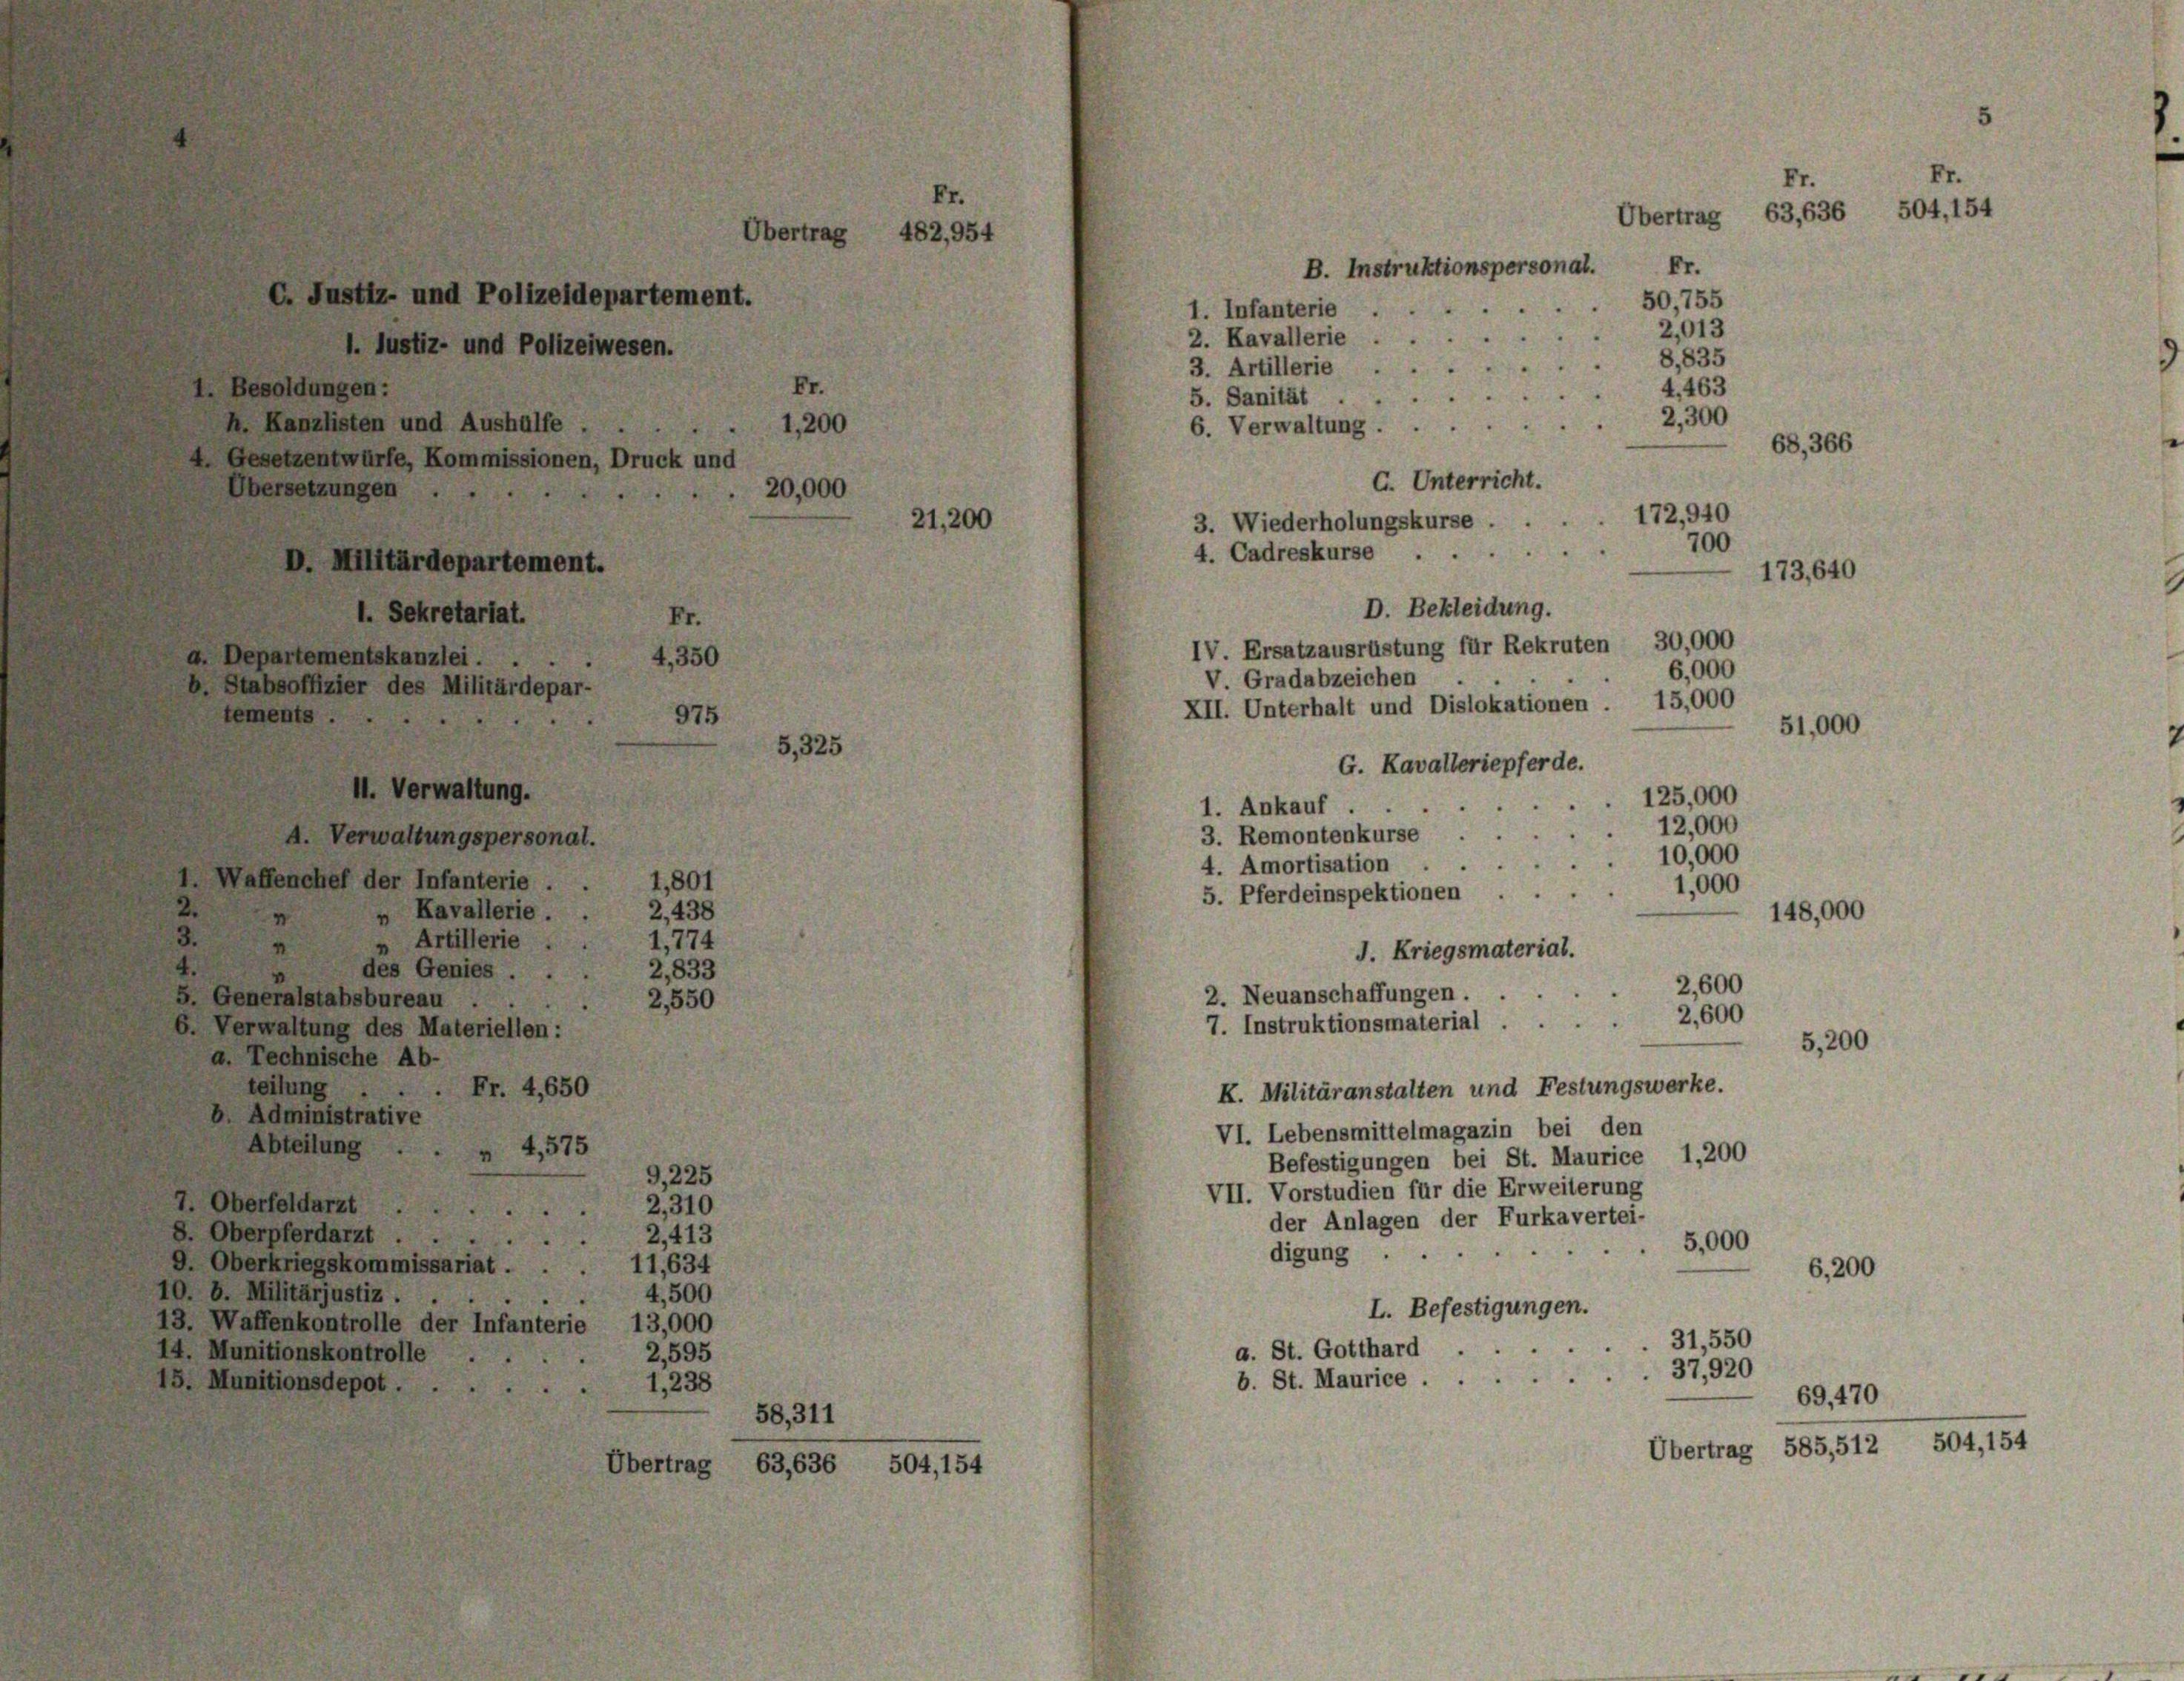
Übertrag 482,954
C. Justiz- und Polizeidepartement.
1. Justiz- und Polizeiwesen.
Fr.
1. Besoldungen:
h. Kanzlisten und Aushülfe
1,200

4 Gesetzentwürfe, Kommissionen, Druck und
Übersetzungen
20,000

1. Waffenchef der Infanterie . .
2

D. Militärdepartement.
1. Sekretariat.
a. Departementskanzlei.
b. Stabsoffizier des Militärdepar-
tements.

Abteilung .
7. Oberfeldarzt.
8. Oberpferdarzt.
9. Oberkriegskommissariat.
10. 8. Militärjustiz.
13. Waffenkontrolle der Infanterie
14. Munitionskontrolle
15. Munitionsdepot.

4,350
975

4,575

Fr

H. Verwaltung.
A. Verwaltungspersonal.
2,438
 Kavallerie.
Artillerie .
1,774
4
2,833
 des Genies.
5. Generalstabsbureau.
2,550
6. Verwaltung des Materiellen:
a. Technische Ab-
teilung
Fr. 4,650
b. Administrative

5,325

1,801

G,225
2,310
2,413
11,634
4,500
13,000
2,595
1,238
58,311
Übertrag 63,636 504, 154

Fr.

21,200

Fr.
Er
Übertrag 63,636 504, 154

Fr.
50,755
1. Infanterie
2,013
2. Kavallerie
8,835
3. Artillerie
e
4,463
.
5. Sanität
2,300
6. Verwaltung
68, 366
C. Unterricht.
3. Wiederholungskurse
700
4. Cadreskurse
173,640
D. Bekleidung.
IV. Ersatzausrüstung für Rekruten 30,000
6,000
V. Gradabzeichen
XII. Unterhalt und Dislokationen . 15,000
51,000
G. Kavalleriepferde.
125,000
1. Ankauf .
12,000
3. Remontenkurse
10,000
4. Amortisation
1,000
5. Pferdeinspektionen
148,000
J. Kriegsmaterial.
2,600
2. Neuanschaffungen.
2,600
7. Instruktionsmaterial
5,200
K. Militäranstalten und Festungswerke.
VI. Lebensmittelmagazin bei den
1,200
Befestigungen bei St. Maurice
VII. Vorstudien für die Erweiterung
der Anlagen der Furkavertei-
5,000
digung
6,200
L. Befestigungen.
31,550
a. St. Gotthard
37,920
b. St. Maurice.
69,470
Übertrag 585,512 504, 154

B. Instruktionspersonal.

172,940